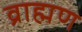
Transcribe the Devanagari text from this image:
व्राह्मण